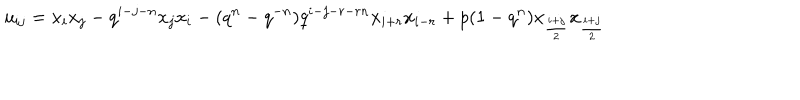
u _ { i j } = x _ { i } x _ { j } - q ^ { i - j - n } x _ { j } x _ { i } - ( q ^ { n } - q ^ { - n } ) q ^ { i - j - r - r n } x _ { i + r } x _ { i - r } + p ( 1 - q ^ { n } ) x _ { \frac { i + j } { 2 } } x _ { \frac { i + j } { 2 } }